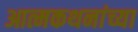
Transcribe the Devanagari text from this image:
आत्मकथनांच्या